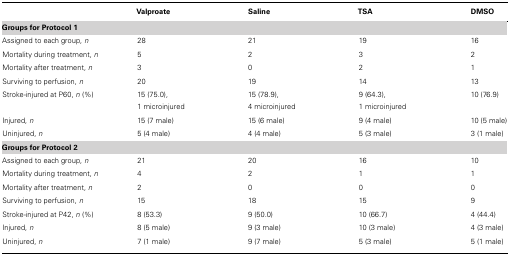
<table><thead><tr><td></td><td><b>Valproate</b></td><td><b>Saline</b></td><td><b>TSA</b></td><td><b>DMSO</b></td></tr></thead><tbody><tr><td><b>Groups for Protocol 1</b></td></tr><tr><td>Assigned to each group, <i>n</i></td><td>28</td><td>21</td><td>19</td><td>16</td></tr><tr><td>Mortality during treatment, <i>n</i></td><td>5</td><td>2</td><td>3</td><td>2</td></tr><tr><td>Mortality after treatment, <i>n</i></td><td>3</td><td>0</td><td>2</td><td>1</td></tr><tr><td>Surviving to perfusion, <i>n</i></td><td>20</td><td>19</td><td>14</td><td>13</td></tr><tr><td>Stroke-injured at P60, <i>n</i> (%)</td><td>15 (75.0), 1 microinjured</td><td>15 (78.9), 4 microinjured</td><td>9 (64.3), 1 microinjured</td><td>10 (76.9)</td></tr><tr><td>Injured, <i>n</i></td><td>15 (7 male)</td><td>15 (6 male)</td><td>9 (4 male)</td><td>10 (5 male)</td></tr><tr><td>Uninjured, <i>n</i></td><td>5 (4 male)</td><td>4 (4 male)</td><td>5 (3 male)</td><td>3 (1 male)</td></tr><tr><td><b>Groups for Protocol 2</b></td></tr><tr><td>Assigned to each group, <i>n</i></td><td>21</td><td>20</td><td>16</td><td>10</td></tr><tr><td>Mortality during treatment, <i>n</i></td><td>4</td><td>2</td><td>1</td><td>1</td></tr><tr><td>Mortality after treatment, <i>n</i></td><td>2</td><td>0</td><td>0</td><td>0</td></tr><tr><td>Surviving to perfusion, <i>n</i></td><td>15</td><td>18</td><td>15</td><td>9</td></tr><tr><td>Stroke-injured at P42, <i>n</i> (%)</td><td>8 (53.3)</td><td>9 (50.0)</td><td>10 (66.7)</td><td>4 (44.4)</td></tr><tr><td>Injured, <i>n</i></td><td>8 (5 male)</td><td>9 (3 male)</td><td>10 (3 male)</td><td>4 (3 male)</td></tr><tr><td>Uninjured, <i>n</i></td><td>7 (1 male)</td><td>9 (7 male)</td><td>5 (3 male)</td><td>5 (1 male)</td></tr></tbody></table>